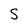
Character: S